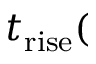
t _ { \mathrm { r i s e } } (